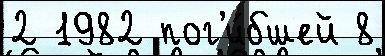
2 1982 пог'и́бшей 8